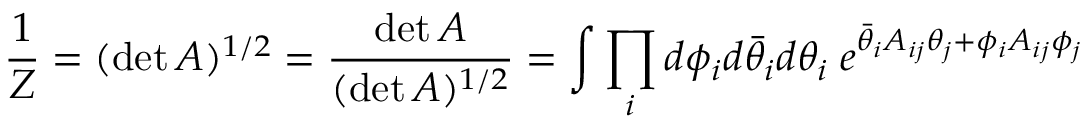
\frac { 1 } { Z } = ( \operatorname * { d e t } A ) ^ { 1 / 2 } = \frac { \operatorname * { d e t } A } { ( \operatorname * { d e t } A ) ^ { 1 / 2 } } = \int \prod _ { i } d \phi _ { i } d \bar { \theta } _ { i } d \theta _ { i } \; e ^ { \bar { \theta } _ { i } A _ { i j } \theta _ { j } + \phi _ { i } A _ { i j } \phi _ { j } }